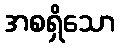
အစရှိသော